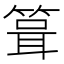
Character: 箿